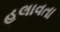
હલાવતા